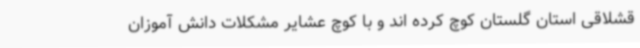
قشلاقی استان گلستان کوچ کرده اند و با کوچ عشایر مشکلات دانش آموزان